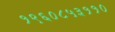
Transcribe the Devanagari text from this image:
१९६०८५३११०